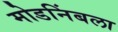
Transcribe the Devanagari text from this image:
मोडनिंबला